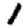
Digit: 1